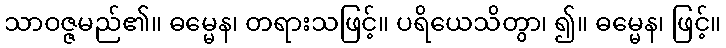
သာဝဇ္ဇမည်၏။ ဓမ္မေန၊ တရားသဖြင့်။ ပရိယေသိတွာ၊ ၍။ ဓမ္မေန၊ ဖြင့်။